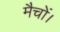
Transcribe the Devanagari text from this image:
मैचों।